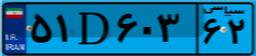
۷۶D۰۰۸۶۸